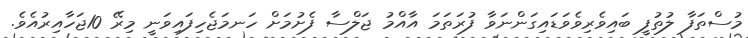
މުސްތަފާ ލުތުފީ ބައިވެރިވެވަޑައިގަންނަވާ ފުރަތަމަ އާއްމު ޖަލްސާ ފެށުމަށް ހަނމަޖެހިފައިވަނީ މިރޭ 10ޖަހާއިރުއެވެ.